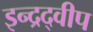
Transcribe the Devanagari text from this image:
इन्द्रद्वीप